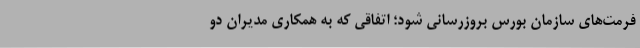
فرمت‌های سازمان بورس بروزرسانی شود؛ اتفاقی که به همکاری مدیران دو